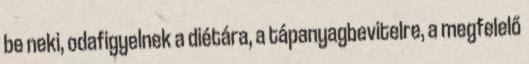
be neki, odafigyelnek a diétára, a tápanyagbevitelre, a megfelelő